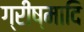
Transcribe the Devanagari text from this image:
ग्रीष्मादि